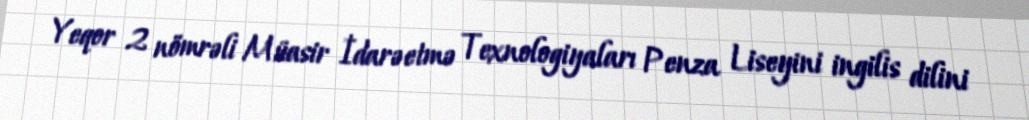
Yeqor 2 nömrəli Müasir İdarəetmə Texnologiyaları Penza Liseyini ingilis dilini